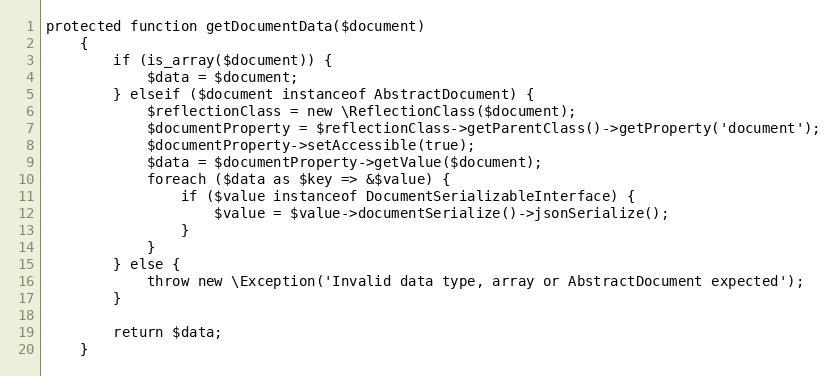
Language: PHP
protected function getDocumentData($document)
    {
        if (is_array($document)) {
            $data = $document;
        } elseif ($document instanceof AbstractDocument) {
            $reflectionClass = new \ReflectionClass($document);
            $documentProperty = $reflectionClass->getParentClass()->getProperty('document');
            $documentProperty->setAccessible(true);
            $data = $documentProperty->getValue($document);
            foreach ($data as $key => &$value) {
                if ($value instanceof DocumentSerializableInterface) {
                    $value = $value->documentSerialize()->jsonSerialize();
                }
            }
        } else {
            throw new \Exception('Invalid data type, array or AbstractDocument expected');
        }

        return $data;
    }